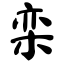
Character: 栾